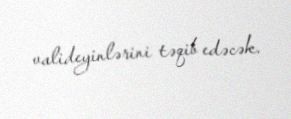
valideyinlərini təqib edəcək.